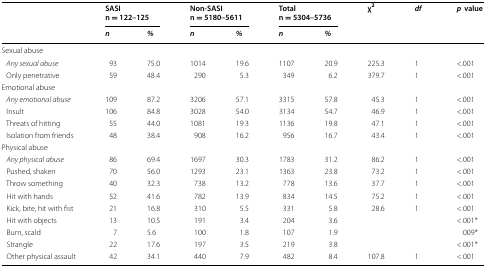
<table><thead><tr><td rowspan="2"></td><td colspan="2"><b>SASIn = 122–125</b></td><td colspan="2"><b>Non-SASIn = 5180–5611</b></td><td colspan="2"><b>Totaln = 5304–5736</b></td><td rowspan="2"><b>χ<sup>2</sup></b></td><td rowspan="2"><b><i>df</i></b></td><td rowspan="2"><b><i>p </i> value</b></td></tr><tr><td><b><i>n</i></b></td><td><b><i>%</i></b></td><td><b><i>n</i></b></td><td><b><i>%</i></b></td><td><b><i>n</i></b></td><td><b><i>%</i></b></td></tr></thead><tbody><tr><td colspan="10">Sexual abuse</td></tr><tr><td> <i>Any sexual abuse</i></td><td>93</td><td>75.0</td><td>1014</td><td>19.6</td><td>1107</td><td>20.9</td><td>225.3</td><td>1</td><td>&lt;.001</td></tr><tr><td> Only penetrative</td><td>59</td><td>48.4</td><td>290</td><td>5.3</td><td>349</td><td>6.2</td><td>379.7</td><td>1</td><td>&lt;.001</td></tr><tr><td colspan="10">Emotional abuse</td></tr><tr><td> <i>Any emotional abuse</i></td><td>109</td><td>87.2</td><td>3206</td><td>57.1</td><td>3315</td><td>57.8</td><td>45.3</td><td>1</td><td>&lt;.001</td></tr><tr><td> Insult</td><td>106</td><td>84.8</td><td>3028</td><td>54.0</td><td>3134</td><td>54.7</td><td>46.9</td><td>1</td><td>&lt;.001</td></tr><tr><td> Threats of hitting</td><td>55</td><td>44.0</td><td>1081</td><td>19.3</td><td>1136</td><td>19.8</td><td>47.1</td><td>1</td><td>&lt;.001</td></tr><tr><td> Isolation from friends</td><td>48</td><td>38.4</td><td>908</td><td>16.2</td><td>956</td><td>16.7</td><td>43.4</td><td>1</td><td>&lt;.001</td></tr><tr><td colspan="10">Physical abuse</td></tr><tr><td> <i>Any physical abuse</i></td><td>86</td><td>69.4</td><td>1697</td><td>30.3</td><td>1783</td><td>31.2</td><td>86.2</td><td>1</td><td>&lt;.001</td></tr><tr><td> Pushed, shaken</td><td>70</td><td>56.0</td><td>1293</td><td>23.1</td><td>1363</td><td>23.8</td><td>73.2</td><td>1</td><td>&lt;.001</td></tr><tr><td> Throw something</td><td>40</td><td>32.3</td><td>738</td><td>13.2</td><td>778</td><td>13.6</td><td>37.7</td><td>1</td><td>&lt;.001</td></tr><tr><td> Hit with hands</td><td>52</td><td>41.6</td><td>782</td><td>13.9</td><td>834</td><td>14.5</td><td>75.2</td><td>1</td><td>&lt;.001</td></tr><tr><td> Kick, bite, hit with fist</td><td>21</td><td>16.8</td><td>310</td><td>5.5</td><td>331</td><td>5.8</td><td>28.6</td><td>1</td><td>&lt;.001</td></tr><tr><td> Hit with objects</td><td>13</td><td>10.5</td><td>191</td><td>3.4</td><td>204</td><td>3.6</td><td></td><td></td><td>&lt;.001*</td></tr><tr><td> Burn, scald</td><td>7</td><td>5.6</td><td>100</td><td>1.8</td><td>107</td><td>1.9</td><td></td><td></td><td>.009*</td></tr><tr><td> Strangle</td><td>22</td><td>17.6</td><td>197</td><td>3.5</td><td>219</td><td>3.8</td><td></td><td></td><td>&lt;.001*</td></tr><tr><td> Other physical assault</td><td>42</td><td>34.1</td><td>440</td><td>7.9</td><td>482</td><td>8.4</td><td>107.8</td><td>1</td><td>&lt;.001</td></tr></tbody></table>